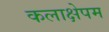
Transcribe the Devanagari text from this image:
कलाक्षेपम